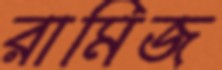
রামিজ